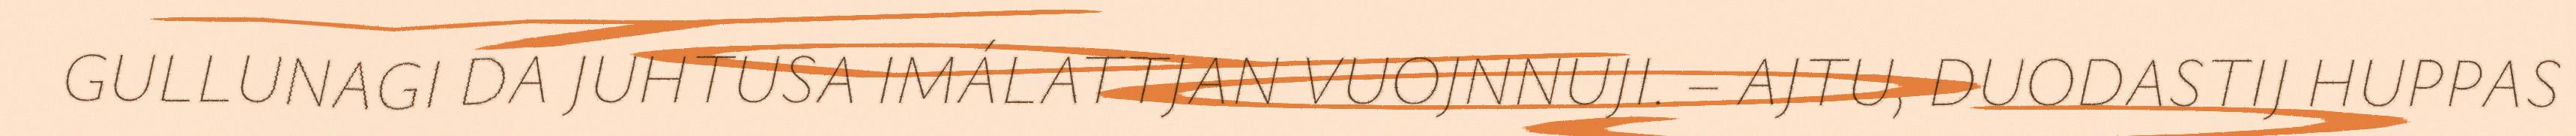
GULLUNAGI DA JUHTUSA IMÁLATTJAN VUOJNNUJI. – AJTU, DUODASTIJ HUPPAS